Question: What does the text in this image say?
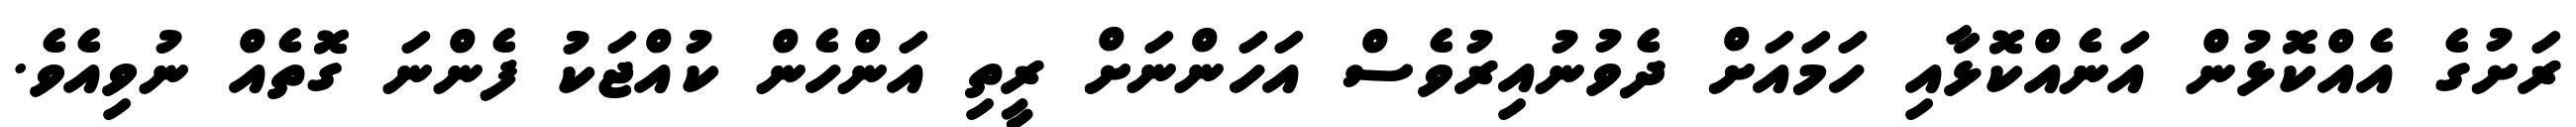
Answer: ރަށުގެ އެއްކޮޅުން އަނެއްކޮޅާއި ހަމައަށް ދެވުނުއިރުވެސް އަހަންނަށް ރީތި އަންހެން ކުއްޖަކު ފެންނަ ގޮތެއް ނުވިއެވެ.